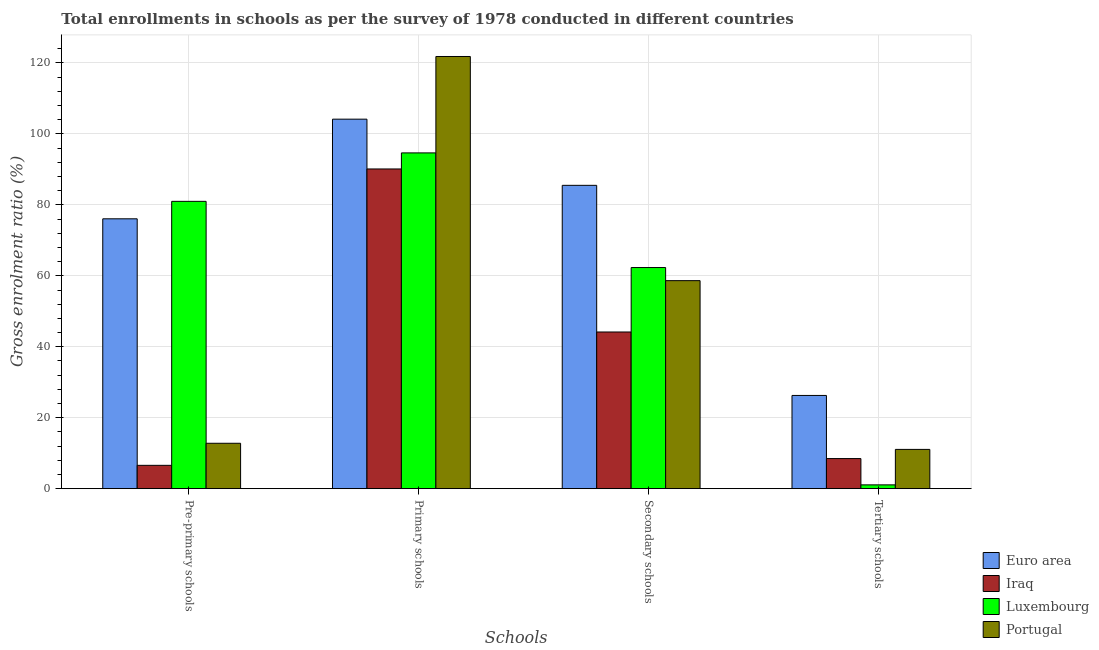
| Schools | Euro area | Iraq | Luxembourg | Portugal |
 | --- | --- | --- | --- | --- |
 | Pre-primary schools | 76.1 | 6.58 | 81 | 12.8 |
 | Primary schools | 104 | 90.1 | 94.7 | 122 |
 | Secondary schools | 85.5 | 44.2 | 62.3 | 58.6 |
 | Tertiary schools | 26.3 | 8.49 | 1.07 | 11.1 |